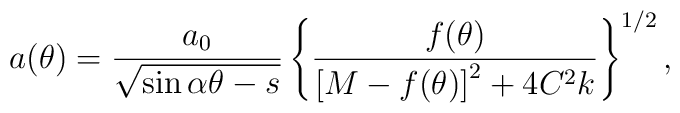
a(\theta) = \frac{a_0}{\sqrt{\sin\alpha\theta -s}}\left\{\frac{f(\theta)} {\left[ M - f(\theta)\right]^2 + 4C^2k }\right\}^{1/2},